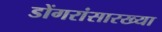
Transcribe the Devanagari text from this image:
डोंगरांसारख्या